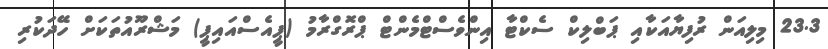
23.3 މިލިއަން ރުފިޔާއަކާއި ޕަބްލިކް ސެކްޓާ އިންވެސްޓްމެންޓް ޕްރޮގްރާމު (ޕީއެސްއައިޕީ) މަޝްރޫއުތަކަށް ހޭދަކުރި